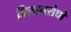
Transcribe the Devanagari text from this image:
विमानरोधी